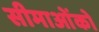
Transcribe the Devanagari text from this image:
सीमाओंको